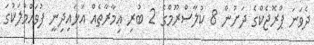
ދެވަނަ ޕްރޮޖެކްގެ ދަށުން 8 ކުލާސްރޫމްގެ 2 ބުރި ޢިމާރާތެއް އަޅައިދިނީ ފުވައްމުލަކުގަ